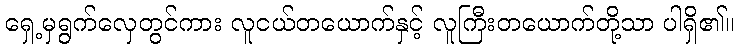
ရှေ့မှရွက်လှေတွင်ကား လူငယ်တယောက်နှင့် လူကြီးတယောက်တို့သာ ပါရှိ၏။